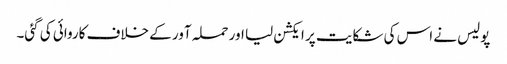
پولیس نے اس کی شکایت پر ایکشن لیا اور حملہ آور کے خلاف کاروائی کی گئی۔